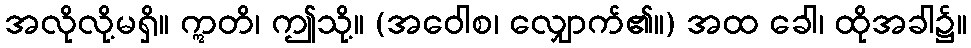
အလိုလို့မရှိ။ ဣတိ၊ ဤသို့။ (အဝေါစ၊ လျှောက်၏။) အထ ခေါ၊ ထိုအခါ၌။